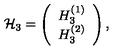
{ \cal H } _ { 3 } = \left( \begin{array} { c } { H _ { 3 } ^ { ( 1 ) } } \\ { H _ { 3 } ^ { ( 2 ) } } \\ \end{array} \right) ,